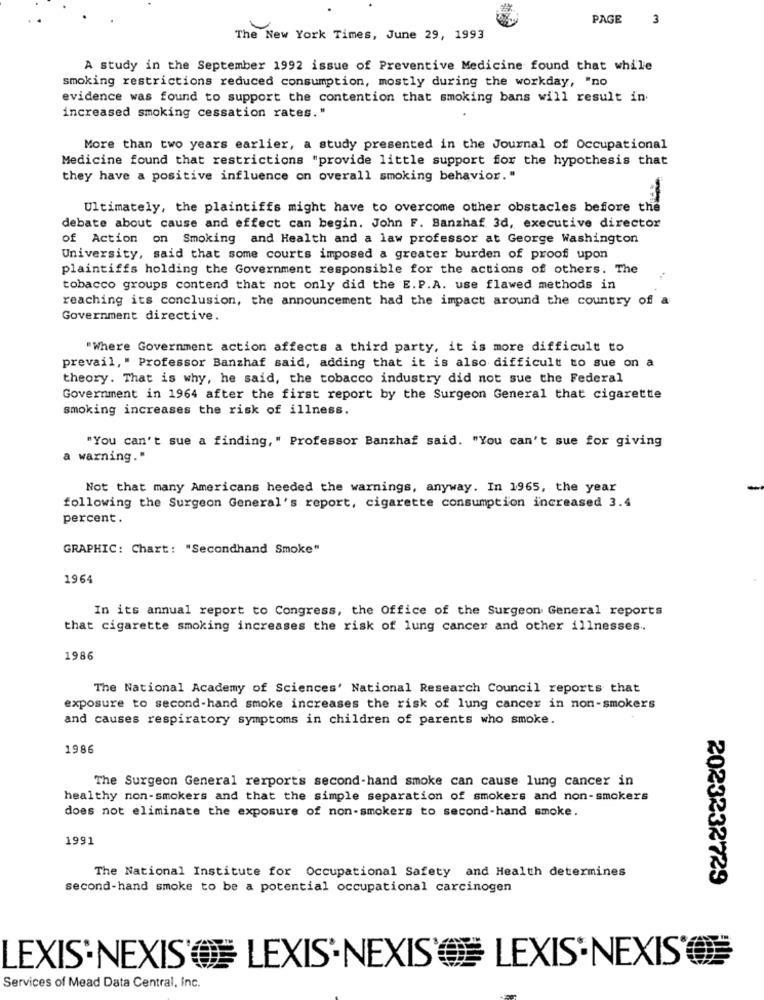
PAGE
3
The New York Times, June 29, 1993
A study in the September 1992 issue of Preventive Medicine found that while
smoking restrictions reduced consumption, mostly during the workday, "no
evidence was found to support the contention that smoking bans will result in
increased smoking cessation rates."
More than two years earlier, a study presented in the Journal of Occupational
Medicine found that restrictions "provide little support for the hypothesis that
they have a positive influence on overall smoking behavior."
Ultimately, the plaintiffs might have to overcome other obstacles before the
debate about cause and effect can begin. John F. Banzhaf 3d, executive director
of Action on Smoking and Health and a law professor at George Washington
University, said that some courts imposed a greater burden of proof upon
plaintiffs holding the Government responsible for the actions of others. The
tobacco groups contend that not only did the E. P.A. use flawed methods in
reaching its conclusion, the announcement had the impact around the country of a
Government directive.
"Where Government action affects a third party, it is more difficult to
prevail, " Professor Banzhaf said, adding that it is also difficult to sue on a
theory. That is why, he said, the tobacco industry did not sue the Federal
Government in 1964 after the first report by the Surgeon General that cigarette
smoking increases the risk of illness.
"You can't sue a finding," Professor Banzhaf said. "You can't sue for giving
a warning."
Not that many Americans heeded the warnings, anyway. In 1965, the year
following the Surgeon General's report, cigarette consumption increased 3.4
percent.
GRAPHIC: Chart: "Secondhand Smoke"
1964
In its annual report to Congress, the Office of the Surgeon General reports
that cigarette smoking increases the risk of lung cancer and other illnesses.
1986
The National Academy of Sciences' National Research Council reports that
exposure to second-hand smoke increases the risk of lung cancer in non-smokers
and causes respiratory symptoms in children of parents who smoke.
1986
The Surgeon General rerports second-hand smoke can cause lung cancer in
healthy non-smokers and that the simple separation of smokers and non-smokers
does not eliminate the exposure of non-smokers to second-hand smoke.
1991
The National Institute for Occupational Safety and Health determines
2023232729
second-hand smoke to be a potential occupational carcinogen
LEXIS'NEXIS' LEXIS'NEXIS'? LEXIS'NEXIS'
Services of Mead Data Central, Inc.